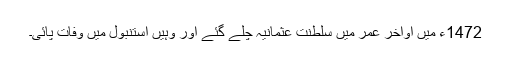
1472ء میں اواخر عمر میں سلطنت عثمانیہ چلے گئے اور وہیں استنبول میں وفات پائی۔